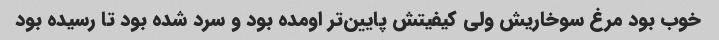
خوب بود مرغ سوخاریش ولی کیفیتش پایین‌تر اومده بود و سرد شده بود تا رسیده بود